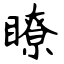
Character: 瞭